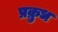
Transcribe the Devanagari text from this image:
प्रक्रुध